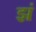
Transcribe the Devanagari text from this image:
झं